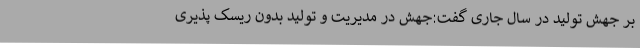
بر جهش تولید در سال جاری گفت:جهش در مدیریت و تولید بدون ریسک پذیری